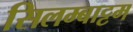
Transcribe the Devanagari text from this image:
सिलम्बाट्टम